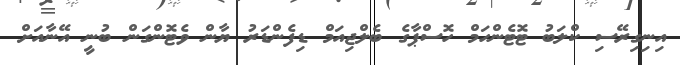
އިނިގިރޭސި ކްލަބު ޓޮޓެންހަމް ހޮސްޕާގެ ބެލްޖިއަމް ޑިފެންޑަރު ޔާން ވެޓޮންގަން ބުނީ އޭނާއަށް